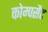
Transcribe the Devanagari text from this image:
कोम्पसैट